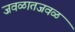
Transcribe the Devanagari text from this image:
जवळातजवळ